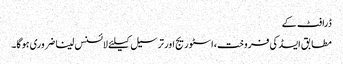
ڈرافٹ کے
مطابق ایسڈ کی فروخت، اسٹوریج اور ترسیل کیلئے لائسنس لینا ضروری ہوگا۔